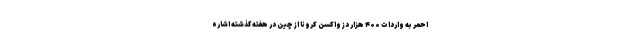
احمر به واردات ۴۰۰ هزار دز واکسن کرونا از چین در هفته گذشته اشاره